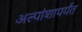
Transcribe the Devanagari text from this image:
अल्पांशापर्यंत